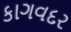
કાગવદર